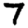
Digit: 7